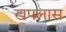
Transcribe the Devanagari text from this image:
खपलास